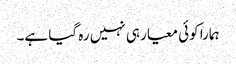
ہمارا کوئی معیار ہی نہیں رہ گیا ہے۔